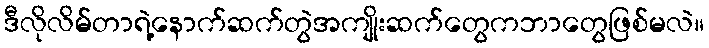
ဒီလိုလိမ်တာရဲ့နောက်ဆက်တွဲအကျိုးဆက်တွေကဘာတွေဖြစ်မလဲ။